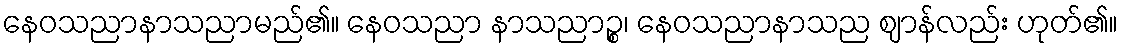
နေဝသညာနာသညာမည်၏။ နေဝသညာ နာသညာဉ္စ၊ နေဝသညာနာသည ဈာန်လည်း ဟုတ်၏။